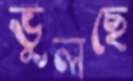
ভুলছে